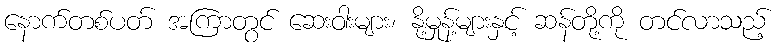
နောက်တစ်ပတ် အကြာတွင် ဆေးဝါးများ၊ နို့မှုန့်များနှင့် ဆန်တို့ကို တင်လာသည့်